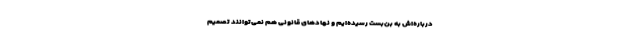
درباره‌اش به بن‌بست رسیده‌ایم و نهادهای قانونی هم نمی‌توانند تصمیم